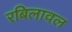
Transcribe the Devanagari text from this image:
रबिलावल